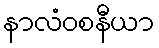
နာလံဝစနီယာ